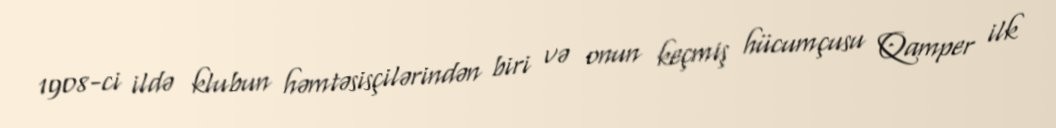
1908-ci ildə klubun həmtəsisçilərindən biri və onun keçmiş hücumçusu Qamper ilk